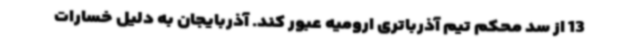
13 از سد محکم تیم آذرباتری ارومیه عبور کند. آذربایجان به دلیل خسارات